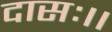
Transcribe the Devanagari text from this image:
दासः।।